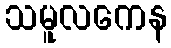
သမူလကေန